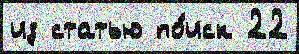
из статью по́иск 22